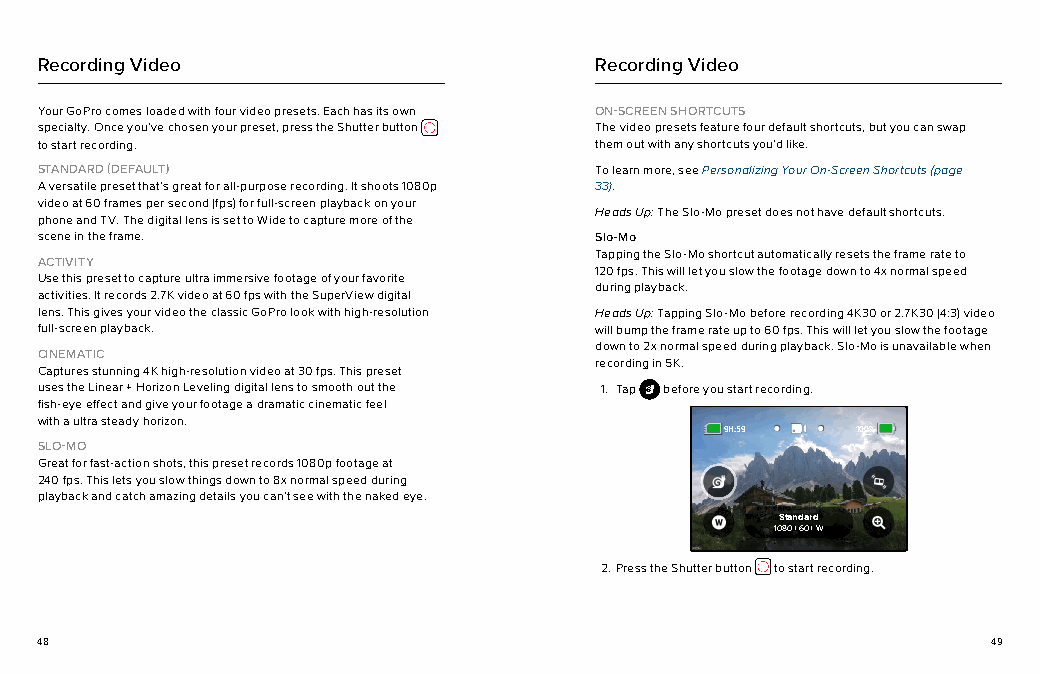
Recording Video                      Recording Video
 Your GoPro comes loaded with four video presets. Each has its own ON-SCREEN SHORTCUTS
 specialty. Once you’ve chosen your preset, press the Shutter button The video presets feature four default shortcuts, but you can swap
 to start recording.                  them out with any shortcuts you’d like.
 STANDARD (DEFAULT)                   To learn more, see Personalizing Your On-Screen Shortcuts (page
 A versatile preset that’s great for all-purpose recording. It shoots 1080p 33).
 video at 60 frames per second (fps) for full-screen playback on your
 Heads Up: The Slo-Mo preset does not have default shortcuts.
 phone and TV. The digital lens is set to Wide to capture more of the
 scene in the frame.                  Slo-Mo
 Tapping the Slo-Mo shortcut automatically resets the frame rate to
 ACTIVITY
 120 fps. This will let you slow the footage down to 4x normal speed
 Use this preset to capture ultra immersive footage of your favorite
 during playback.
 activities. It records 2.7K video at 60 fps with the SuperView digital
 lens. This gives your video the classic GoPro look with high-resolution Heads Up: Tapping Slo-Mo before recording 4K30 or 2.7K30 (4:3) video
 full-screen playback.                will bump the frame rate up to 60 fps. This will let you slow the footage
 down to 2x normal speed during playback. Slo-Mo is unavailable when
 CINEMATIC
 recording in 5K.
 Captures stunning 4K high-resolution video at 30 fps. This preset
 uses the Linear + Horizon Leveling digital lens to smooth out the 1. Tap before you start recording.
 fish-eye effect and give your footage a dramatic cinematic feel
 with a ultra steady horizon.
 9H:59 100% 100%
 SLO-MO
 Great for fast-action shots, this preset records 1080p footage at
 240 fps. This lets you slow things down to 8x normal speed during
 playback and catch amazing details you can’t see with the naked eye.
 Standard
 1080 | 60 | W
 2. Press the Shutter button to start recording.
 48                                                              49